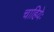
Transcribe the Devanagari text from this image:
चाहियेः